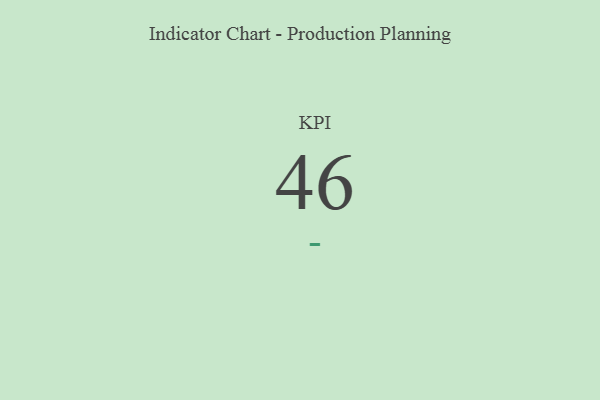
{"axis": {"x": "KPI", "y": "Value"}, "legend": [""], "data": [{"x": "KPI", "y": 46, "type": ""}]}